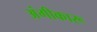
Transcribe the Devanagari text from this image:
अंगीकारू